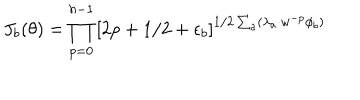
J _ { b } ( \theta ) = \prod _ { p = 0 } ^ { h - 1 } \left[ 2 p + 1 / 2 + \epsilon _ { b } \right] ^ { 1 / 2 \sum _ { a } ( \lambda _ { a } \cdot w ^ { - p } \phi _ { b } ) }